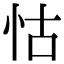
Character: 怙